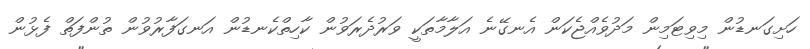
ހަށިގަނޑުން މިވިޓަމިން މަދުވެއްޖެކަން އެނގޭނެ އަލާމާތަކީ ވަރުދެރަވުން ކާހިތްކެނޑުން އަނގަފާރުވުން ތުންފަތް ފެޅުން